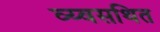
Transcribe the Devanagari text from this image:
व्य्वसथित